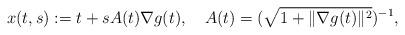
LaTeX: \begin{align*}x(t,s):=t+s A(t)\nabla g(t), \ \ \ A(t)=(\sqrt{1+\|\nabla g(t)\|^2})^{-1}, \end{align*}